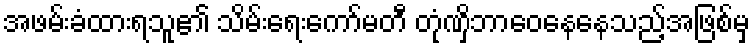
အဖမ်းခံထားရသူ၏ သိမ်းရေးကော်မတီ တုံဏှိဘာဝေနေနေသည့်အဖြစ်မှ